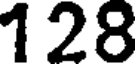
128